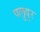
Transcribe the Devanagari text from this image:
पलुवुर